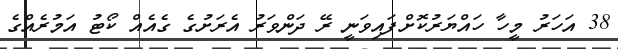
38 އަހަރު މީހާ ހައްޔަރުކޮށްފައިވަނީ ރޭ ދަންވަރު އެރަށުގެ ގެއެއް ކޯޓު އަމުރެއްގެ